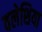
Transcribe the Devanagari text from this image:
वलेशिया